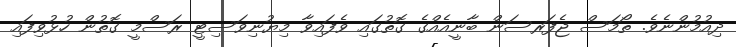
ދިއުމުންނެވެ. ތޯމަސް ޖެފަރސަން ބާނީއެއްގެ ގޮތުގައި ވެފައިވާ މިޔުނިވަސިޓީ ރަސްމީ ގޮތުން ހުޅުވިފައި